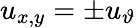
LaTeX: u_{x,y}=\pm u_{\vartheta}